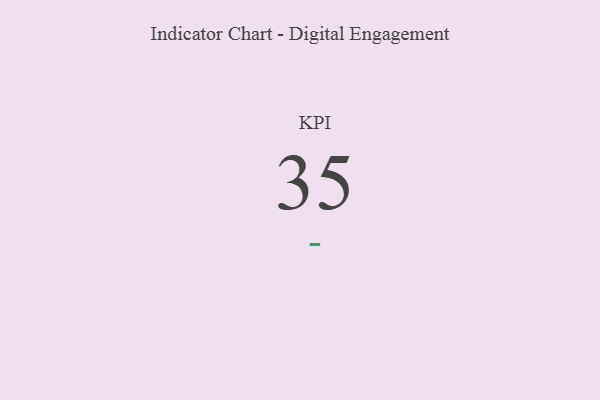
{"axis": {"x": "KPI", "y": "Value"}, "legend": [""], "data": [{"x": "KPI", "y": 35, "type": ""}]}